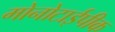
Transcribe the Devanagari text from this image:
मोनोटाईपीक